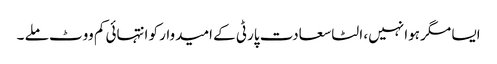
ایسا مگر ہوا نہیں، الٹا سعادت پارٹی کے امیدوار کو انتہائی کم ووٹ ملے ۔